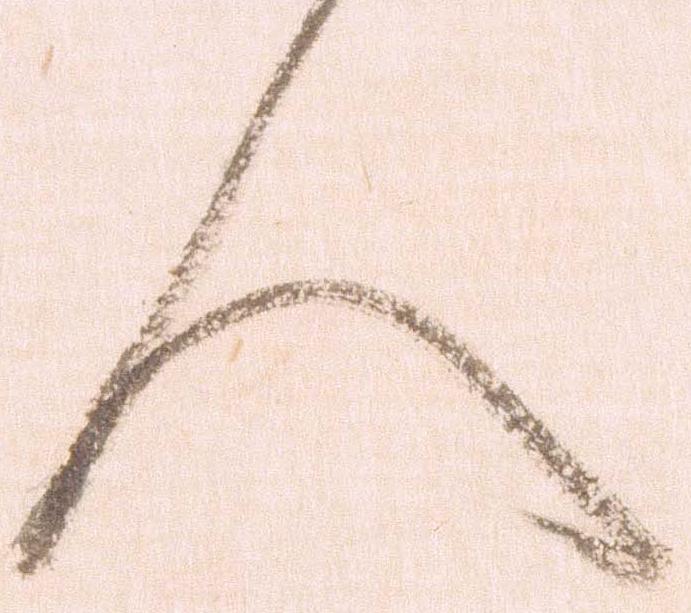
人